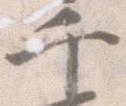
千